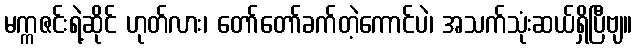
မက္ကဇင်းရဲ့ဆိုင် ဟုတ်လား၊ တော်တော်ခက်တဲ့ကောင်ပဲ၊ အသက်သုံးဆယ်ရှိပြီဗျ။